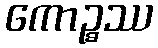
ကောဉ္စဿ